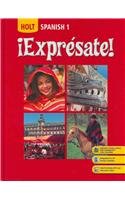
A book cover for Holt iExpresate! Level 1, Student Edition; RINEHART AND WINSTON HOLT; Reference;